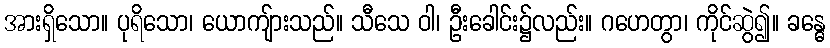
အားရှိသော။ ပုရိသော၊ ယောကျ်ားသည်။ သီသေ ဝါ၊ ဦးခေါင်း၌လည်း။ ဂဟေတွာ၊ ကိုင်ဆွဲ၍။ ခန္ဓေ